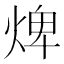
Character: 焷